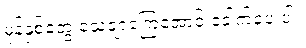
မုန့်နှစ်တွေ သေချာကြေအောင် ခေါက်ပေးပါ။